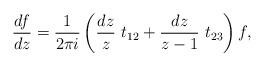
LaTeX: \begin{align*}\frac{df}{dz}=\frac{1}{2\pi i}\left(\frac{dz}z\ t_{12}+\frac{dz}{z-1}\ t_{23}\right)f,\end{align*}